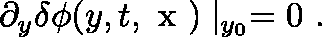
\partial _ { y } \delta \phi ( y , t , \mathrm { \boldmath ~ x ~ } ) \mid _ { y _ { 0 } } = 0 \ .